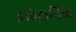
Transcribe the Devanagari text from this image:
इलेट्रानिक